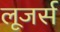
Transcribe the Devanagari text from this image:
लूजर्स